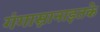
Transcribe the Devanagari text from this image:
गंगास्नानाइतके